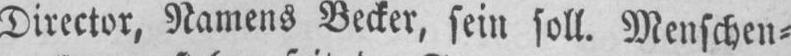
Director, Namens Becker, sein soll. Menschen⸗